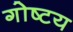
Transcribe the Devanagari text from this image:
गोष्टय